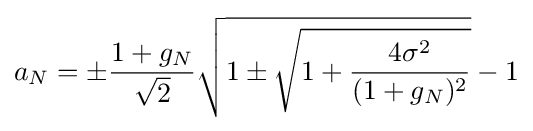
a_{N}=\pm {\frac {1+g_{N}}{\sqrt {2}}}{\sqrt {1\pm {\sqrt {1+{\frac {4\sigma ^{2}}{(1+g_{N})^{2}}}}}}}-1